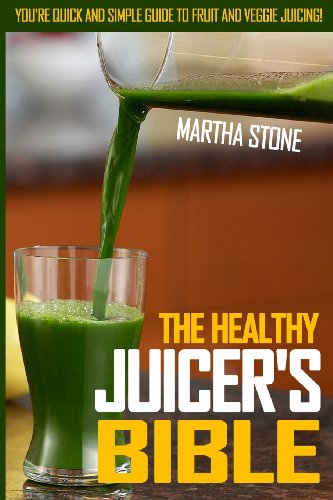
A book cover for The Healthy Juicer's Bible: You're Quick and Simple Guide To Fruit and Veggie Juicing!; Martha Stone; Cookbooks, Food & Wine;